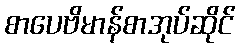
စာပေဗိမာန်စာအုပ်ဆိုင်